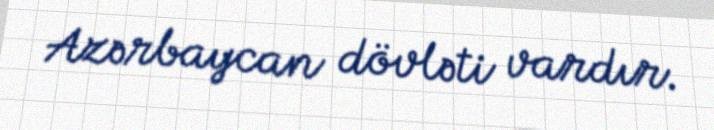
Azərbaycan dövləti vardır.